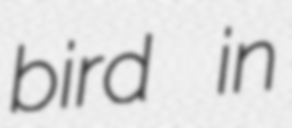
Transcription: bird in